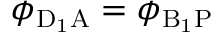
\phi _ { \mathrm { D _ { 1 } A } } = \phi _ { \mathrm { B _ { 1 } P } }